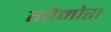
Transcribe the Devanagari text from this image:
गोमोरा